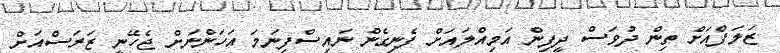
ޒަލަފްއަށް ތިން ދުވަސް ދީފިން އަމިއްލައަށް ފެނިގެން ނައިސްފިނަމަ އަހަންނަށް ޖެހޭނީ ޒަރަސްއަށް